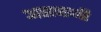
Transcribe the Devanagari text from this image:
असवानी